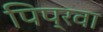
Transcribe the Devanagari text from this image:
पिप्रवा